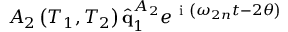
A _ { 2 } \left( T _ { 1 } , T _ { 2 } \right) \hat { \mathbf { q } } _ { 1 } ^ { A _ { 2 } } e ^ { \mathrm { ~ i ~ } \left( \omega _ { 2 n } t - 2 \theta \right) }